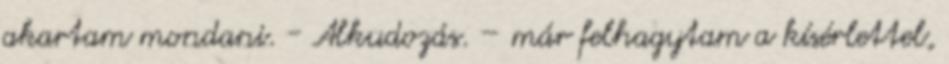
akartam mondani. - Alkudozás. – már felhagytam a kísérlettel,